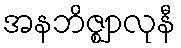
အနဘိဇ္ဈာလုနီ